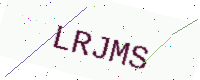
Text: LRJMS